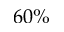
6 0 \%